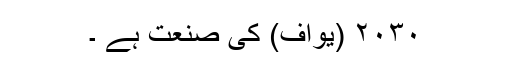
۲۰۳۰ (یواف) کی صنعت ہے ۔